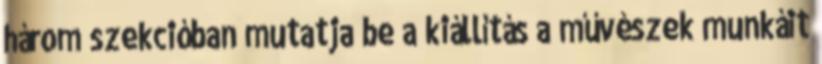
három szekcióban mutatja be a kiállítás a művészek munkáit